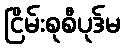
ငြိမ်းစုစီပုဒ်မ